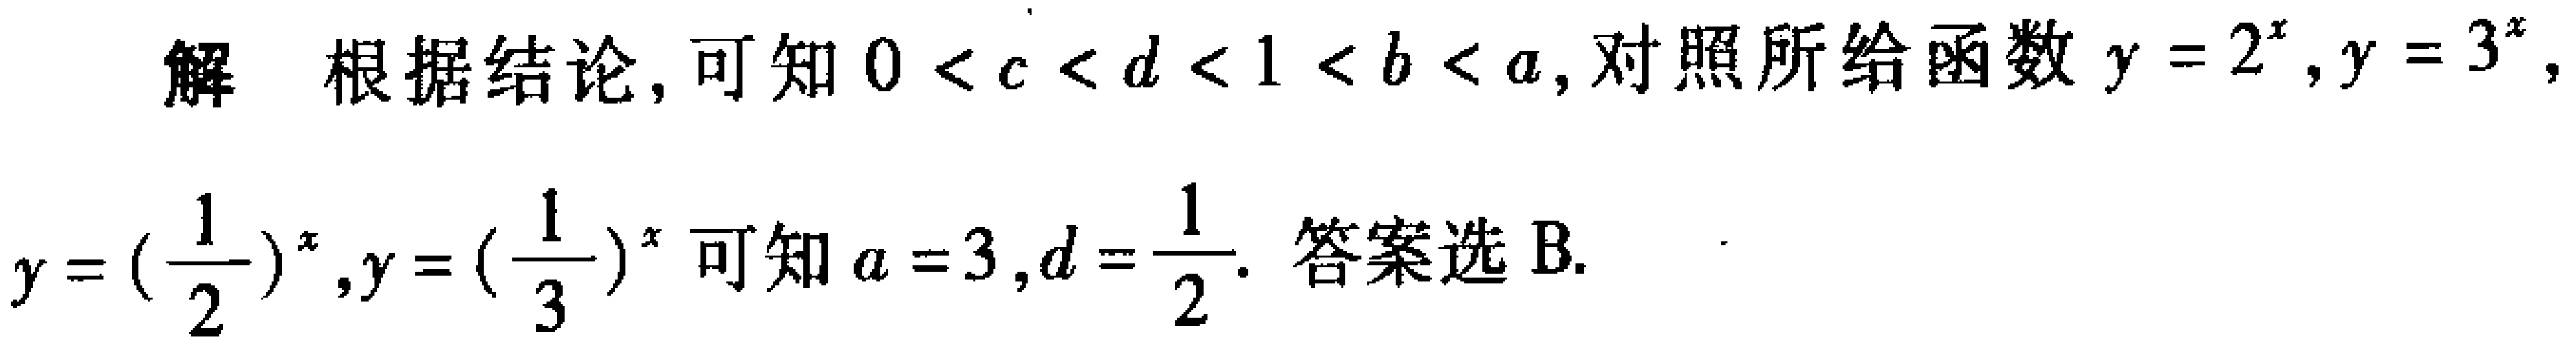
解 根据结论, 可知 \(0 < c < d < 1 < b < a\), 对照所给函数 \(y = 2^{x},y = 3^{x},\)

\(y = (\frac{1}{2})^{x},y = (\frac{1}{3})^{x}\) 可知 \(a = 3,d=\frac{1}{2}\). 答案选 B.